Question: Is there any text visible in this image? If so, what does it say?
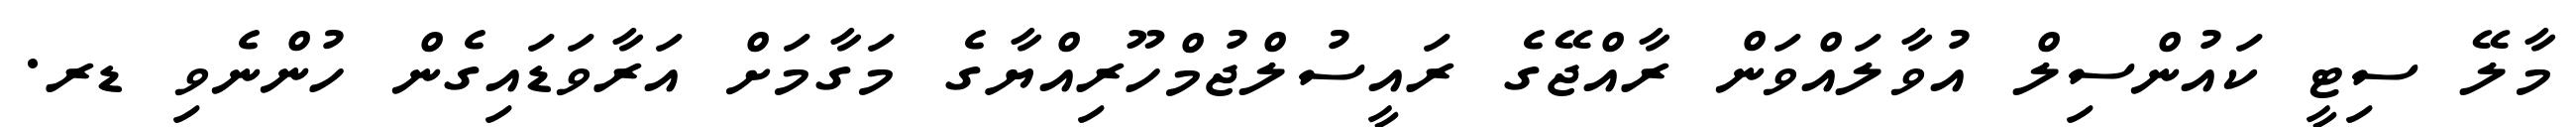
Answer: މާލޭ ސިޓީ ކައުންސިލް އުވާލައްވަން ރާއްޖޭގެ ރައީސުލްޖުމްހޫރިއްޔާގެ މަގާމަށް އަރާވަޑައިގެން ހުންނެވި ޑރ.